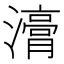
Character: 𭳇